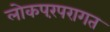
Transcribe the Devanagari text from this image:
लोकपरंपरागत